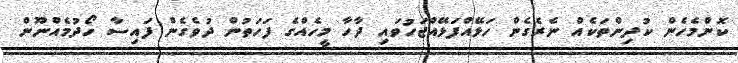
ކޮންމެހެން ކުދިންތަކެއް ނެރެގެން ހަޅޭއްފަޅޭއްޖަހުވައި ދާހާ މީހެއްގެ ފަހަތުން ދުވެގެން ފައިސާ ހޯދުމެއްނޫން